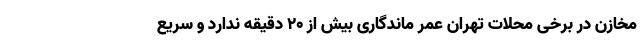
مخازن در برخی محلات تهران عمر ماندگاری بیش از ۲۰ دقیقه ندارد و سریع